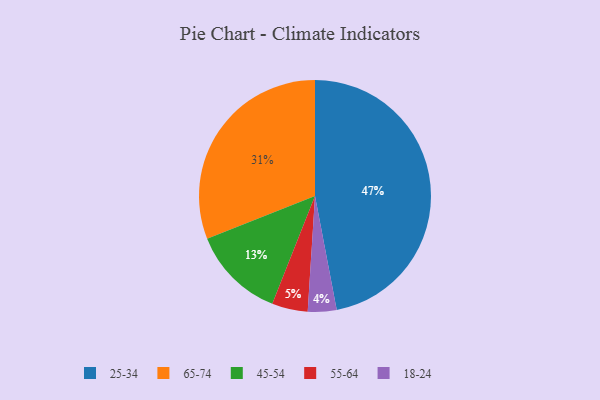
{"axis": {"x": "Category", "y": "Percentage"}, "legend": ["18-24", "25-34", "45-54", "55-64", "65-74"], "data": [{"x": "65-74", "y": 31, "type": "65-74"}, {"x": "45-54", "y": 13, "type": "45-54"}, {"x": "55-64", "y": 5, "type": "55-64"}, {"x": "18-24", "y": 4, "type": "18-24"}, {"x": "25-34", "y": 47, "type": "25-34"}]}